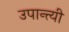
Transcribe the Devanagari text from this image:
उपान्त्यी